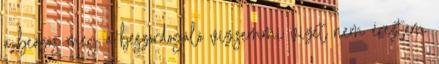
a beázás meg a beszordogáló víz.semmi vizet nem éreztem